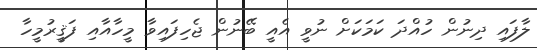
ލާފައި ދިނުން ހުއްދަ ކަމަކަށް ނުވީ އެއީ ބޭނުން ޖެހިފައިވާ މީހާއާއި ފަޤީރުމީހާ